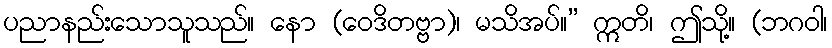
ပညာနည်းသောသူသည်။ နော (ဝေဒိတဗ္ဗာ)၊ မသိအပ်။” ဣတိ၊ ဤသို့။ (ဘဂဝါ၊